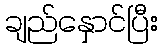
ချည်နှောင်ပြီး